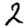
Digit: 2